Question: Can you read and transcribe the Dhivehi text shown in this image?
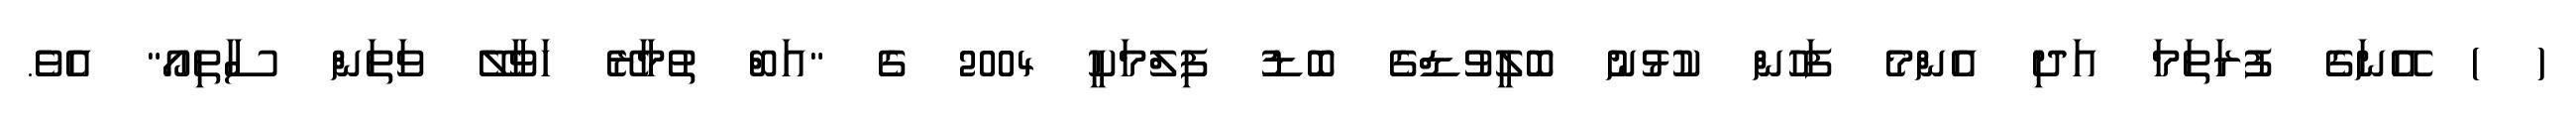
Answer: ( ) އޭނަގެ ފުރަތަމަ އަދި އެންމެ ފަހުން ކުޅުނު ބޮލީވުޑްގެ ބޮޑު ފިލްމަކީ 2004 ގެ "އަބް ތުމާރޭ ހަވާލޭ ވަތަން ސާތިއޯ" އެވެ.